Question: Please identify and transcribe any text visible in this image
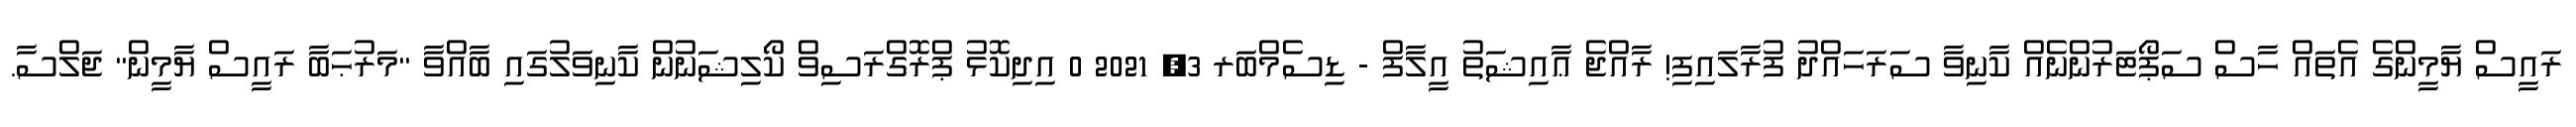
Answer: ރައީސް ޔާމީންގެ އެތައް ހާސް ސަޕޯޓަރުންނެއް ކާނިވާ ސަރަހައްދު ފުރާލައިފި! ރާއްޖެ ޢާއިޝަތު އީލާފް - ޑިސެމްބަރ 3, 2021 0 އިދިކޮޅު ޕްރޮގްރަސިވް ކޯލިޝަނުން ކާނިވަލުގައި ބާއްވާ "މަރުޙަބާ ރައީސް ޔާމީން" ޖަލްސާ.